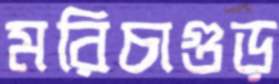
মরিচাগুড়